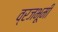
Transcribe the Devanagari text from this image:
व्रजभूमी